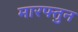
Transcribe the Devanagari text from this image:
मारफ्तुन